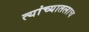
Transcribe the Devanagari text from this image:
त्यांच्यातलाच